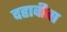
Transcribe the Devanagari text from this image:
दहावीचा